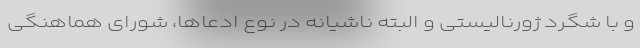
و با شگرد ژورنالیستی و البته ناشیانه در نوع ادعاها، شورای هماهنگی